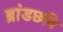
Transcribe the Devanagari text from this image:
ब्रांडछवि